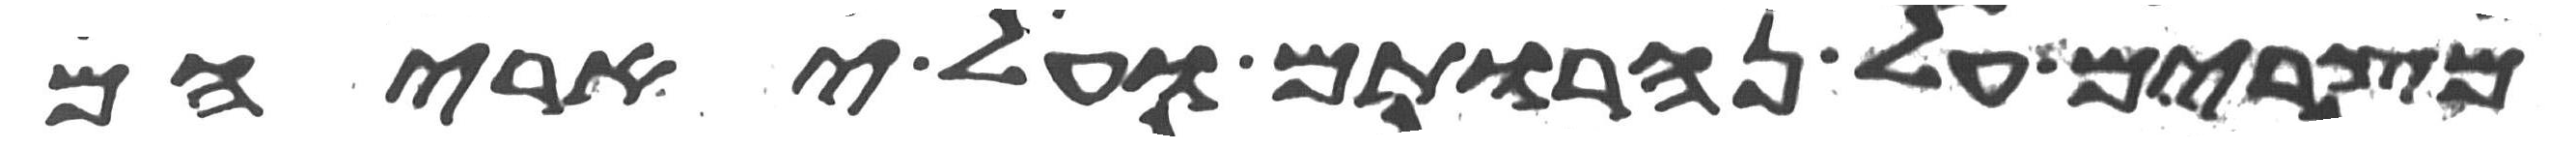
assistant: מצרים על נהרותם ועל יאריהם